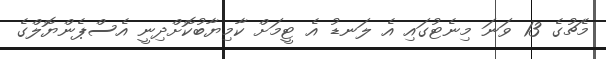
މެޗުގެ 13 ވަނަ މިނެޓުގައި އެ ލަނޑު އެ ޓީމަށް ކާމިޔާބުކޮށްދިނީ އެސްޕެންޔޮލްގެ